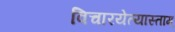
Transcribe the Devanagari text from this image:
विचारयेत्यास्ताम्